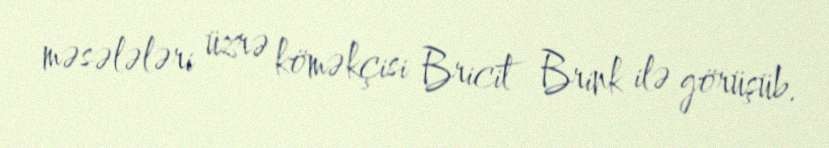
məsələləri üzrə köməkçisi Bricit Brink ilə görüşüb.